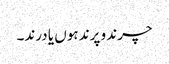
چرند و پرند ہوں یا درند۔